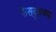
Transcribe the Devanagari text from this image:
फेसबुकच्या